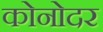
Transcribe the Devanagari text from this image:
कोनोदर